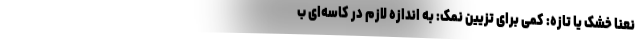
نعنا خشک یا تازه: کمی برای تزیین نمک: به اندازه لازم در کاسه‌ای ب